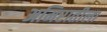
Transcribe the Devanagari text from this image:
अमिरातीला